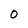
Character: 0